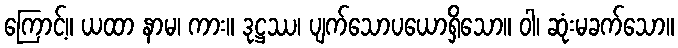
ကြောင့်။ ယထာ နာမ၊ ကား။ ဒုဋ္ဌဿ၊ ပျက်သောပယောရှိသော။ ဝါ၊ ဆုံးမခက်သော။